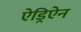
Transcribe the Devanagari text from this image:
ऐड्रिऐन